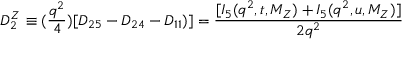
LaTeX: D _ { 2 } ^ { Z } \equiv ( { \frac { q ^ { 2 } } { 4 } } ) [ D _ { 2 5 } - D _ { 2 4 } - D _ { 1 1 } ) ] = { \frac { [ I _ { 5 } ( q ^ { 2 } , t , M _ { Z } ) + I _ { 5 } ( q ^ { 2 } , u , M _ { Z } ) ] } { 2 q ^ { 2 } } }